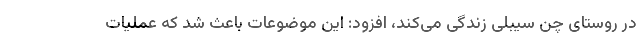
در روستای چن سیبلی زندگی می‌کند، افزود: این موضوعات باعث شد که عملیات